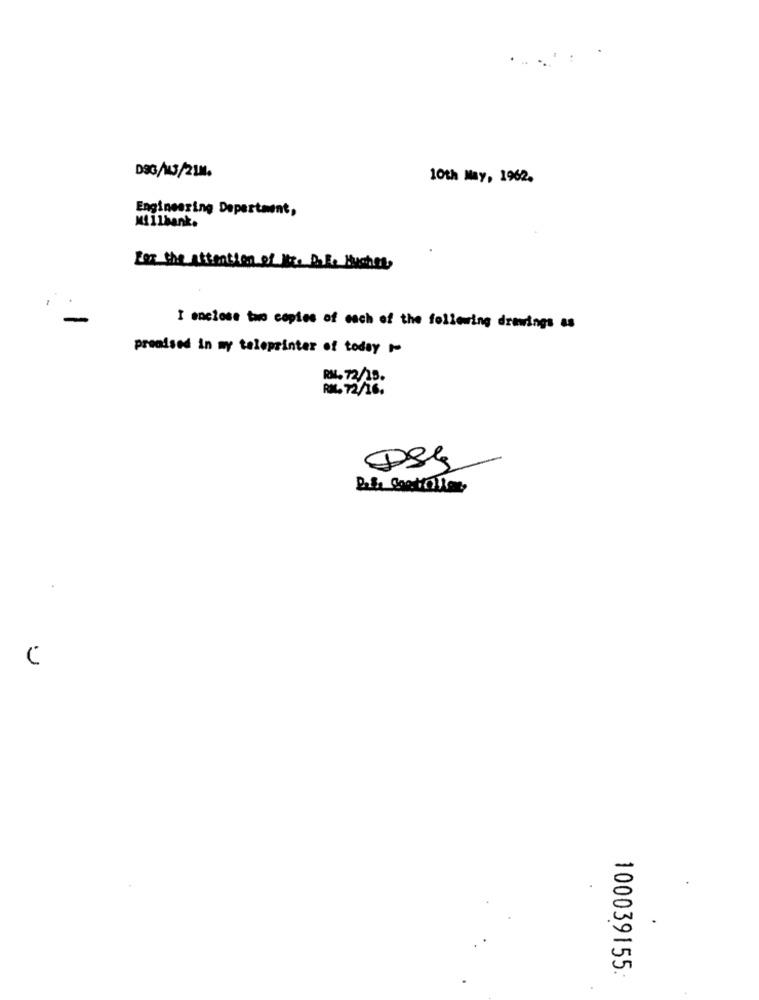
D9G/M3/2181.
10th May, 1962.
Engineering Department,
Millbank.
For the attention of the Date Bustina,
I enclose two copies of each of the following drawings as
proadsed in my taleprinter of today 1-
RML. 72/15.
RM. 72/16.
100039155.